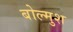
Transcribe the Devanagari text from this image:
बोल्मुश